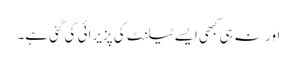
اور نہ ہی کبھی ایسے ٹیلنٹ کی پزیرائی کی گئی ہے۔